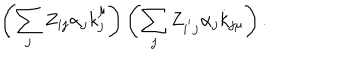
\left( \sum _ { j } Z _ { i j } \alpha _ { j } \dot { k } _ { j } ^ { \mu } \right) \left( \sum _ { j } Z _ { i ^ { ^ { \prime } } j } \alpha _ { j } \dot { k } _ { j \mu } \right) .